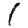
Digit: 1